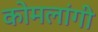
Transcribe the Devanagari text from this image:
कोमलांगी